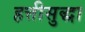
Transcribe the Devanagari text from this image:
हत्तीसुद्धा